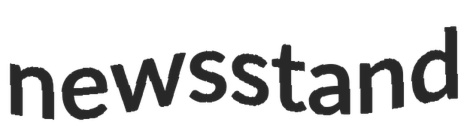
newsstand